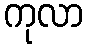
ကုလာ